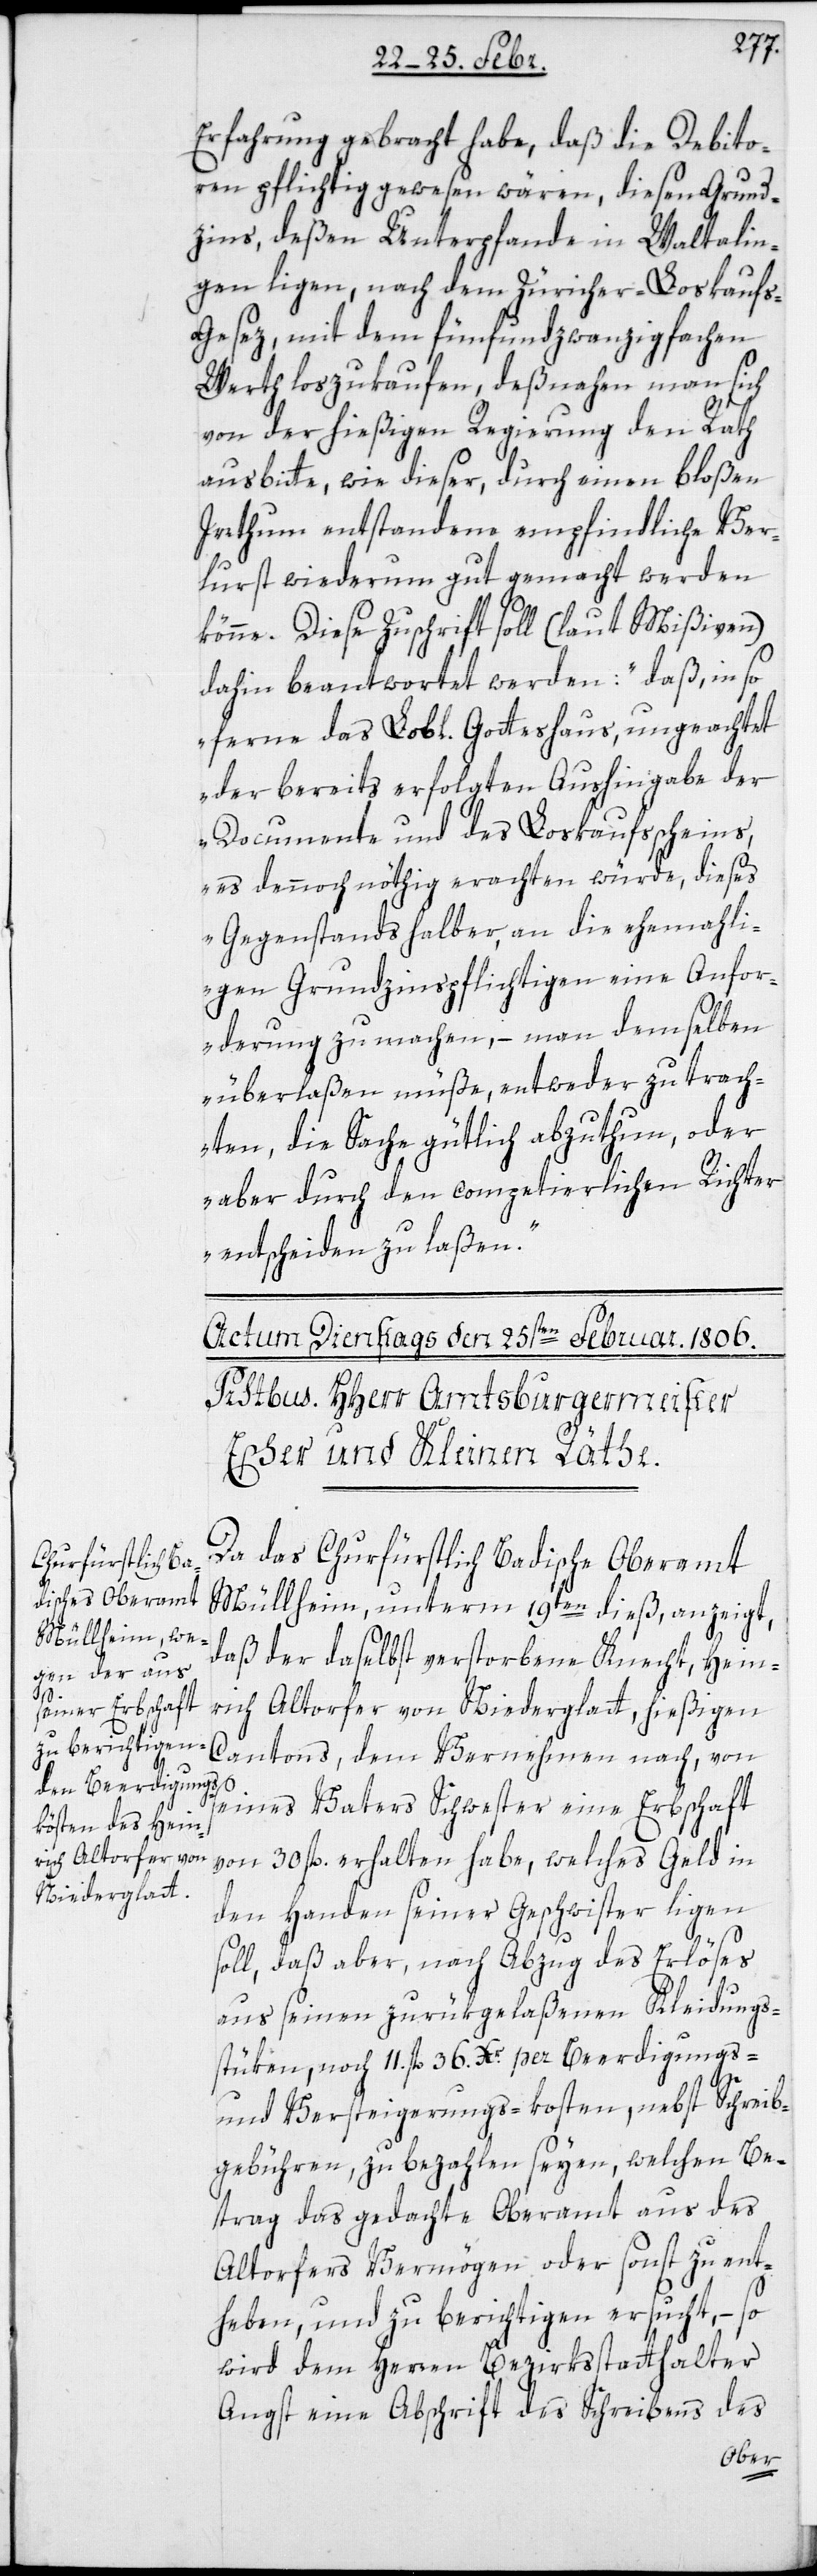
Erfahrung gebracht habe, daß die Debito¬
ren pflichtig gewesen wären, diesen Grund¬
zins, deßen Unterpfande in Waltalin¬
gen ligen, nach dem Züricher-Loskaufs-G¬
esez mit dem fünfundzwanzigfachen
Werth loszukaufen, deßnahen man sich
von der hießigen Regierung den Rath
ausbitte, wie dieser, durch einen bloßen
Irrthum entstandene empfindliche Ver¬
lurst wiederum gutgemacht werden
könne. Diese Zuschrift soll (laut Mißiven)
dahin beantwortet werden: „daß in so¬
ferne das Lobl. Gotteshaus, ungeachtet
der bereits erfolgten Aushingabe der
Documente und des Loskaufsscheins,
es dennoch nöthig erachten würde, dieses
Gegenstands halber an die ehemahli¬
gen Grundzinspflichtigen eine Anfor¬
derung zu machen, – man demselben
überlaßen müße, entweder zu trach¬
ten, die Sache gütlich abzuthun, oder
aber durch den competierlichen Richter
entscheiden zu laßen“.
Da das Churfürstlich Badische Oberamt
Müllheim, unterm 19ten dieß, anzeigt,
daß der daselbst verstorbene Knecht, Hein¬
rich Altorfer von Niederglatt, hießigen
Cantons, dem Vernehmen nach, von
seines Vaters Schwester eine Erbschaft
von 30 fl. erhalten habe, welches Geld in
den Handen seiner Geschwister ligen
soll, daß aber, nach Abzug des Erlöses
aus seinen zurükgelaßenen Kleidungs¬
stüken, noch 11. fl. 36. Xr. per Beerdigungs-
und Versteigerungs-kosten, nebst Schreib¬
gebühren, zu bezahlen seyen, welchen Be¬
trag das gedachte Oberamt aus des
Altorfers Vermögen oder sonst zu ent¬
heben, und zu berichtigen ersucht, – so
wird dem Herren Bezirksstatthalter
Angst eine Abschrift des Schreibens des